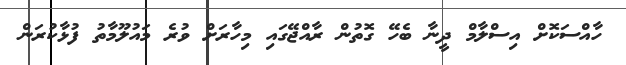
ހާއްސަކޮށް އިސްލާމް ދީނާ ބެހޭ ގޮތުން ރާއްޖޭގައި މިހާރަށް ވުރެ މައުލޫމާތު ފުޅާކުރަން